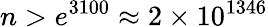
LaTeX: n>e^{3100}\approx 2\times 10^{1346}